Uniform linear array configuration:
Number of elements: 24
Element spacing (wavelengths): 0.5
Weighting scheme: blackman
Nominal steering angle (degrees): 30
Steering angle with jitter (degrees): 31.555
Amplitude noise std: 0.05
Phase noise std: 0.05

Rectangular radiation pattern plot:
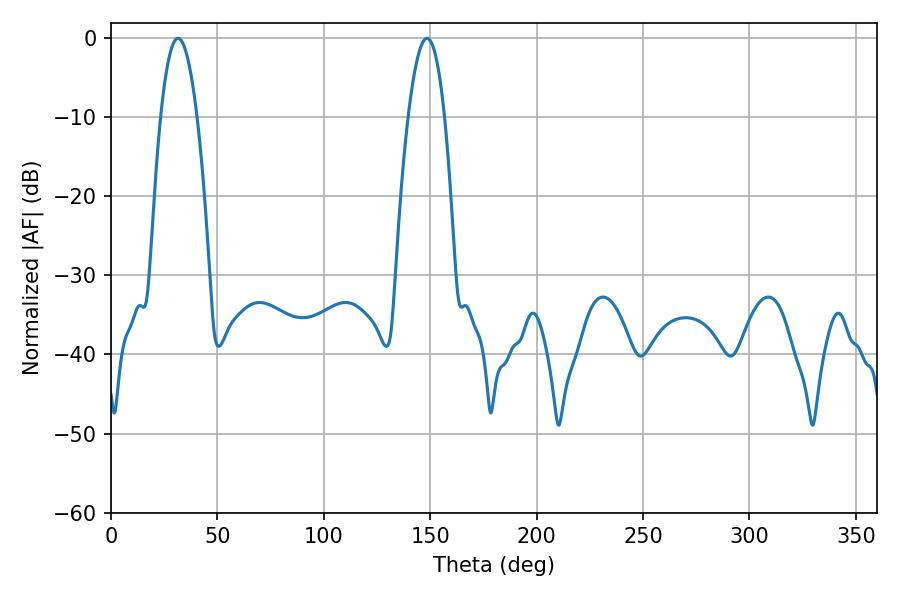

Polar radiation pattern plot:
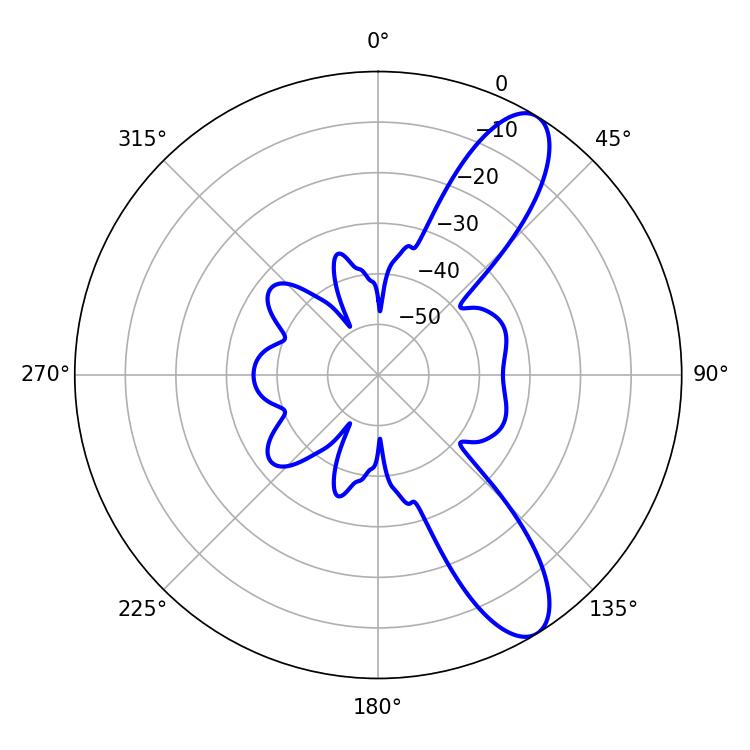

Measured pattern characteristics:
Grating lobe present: FALSE
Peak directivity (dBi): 10.334
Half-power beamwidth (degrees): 9.36
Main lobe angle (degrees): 31.5